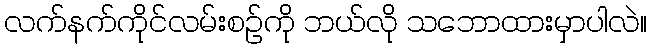
လက်နက်ကိုင်လမ်းစဉ်ကို ဘယ်လို သဘောထားမှာပါလဲ။